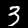
Label: 3